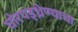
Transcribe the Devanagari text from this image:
घोरपड्ध्रेण्याचा